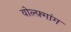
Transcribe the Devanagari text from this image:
वोल्फ़्गांग